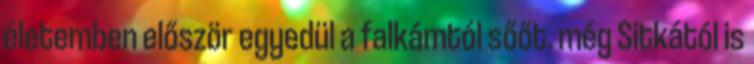
életemben először egyedül a falkámtól sőőt. még Sitkától is